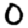
Digit: 0